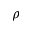
\rho